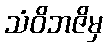
သံဝိဘဇိမှ